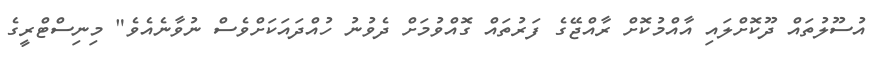
އުސޫލުތައް ދޫކޮށްލައި އާއްމުކޮށް ރާއްޖޭގެ ފަރުތައް ގޮއްވުމަށް ދެވުނު ހުއްދައަކަށްވެސް ނުވާނެއެވެ" މިނިސްޓްރީގެ